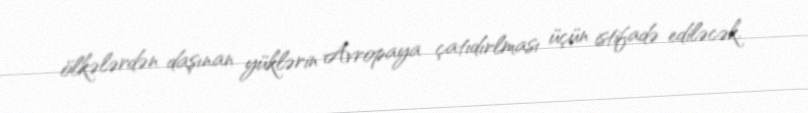
ölkələrdən daşınan yüklərin Avropaya çatıdırlması üçün istifadə ediləcək.